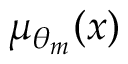
\mu _ { \theta _ { m } } ( x )